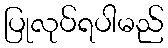
ပြုလုပ်ရပါမည်